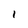
Character: 1